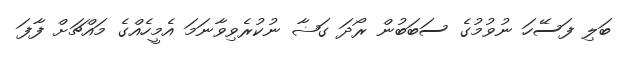
ބަލި ފަސޭހަ ނުވުމުގެ ސަބަބުން ރޯދަ ގަޟާ ނުކުރެވިވާނަމަ އެމީހެއްގެ މައްޗަށް ފާފަ